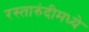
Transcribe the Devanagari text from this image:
रस्तारुंदीमध्ये